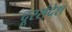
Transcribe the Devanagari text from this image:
दूरसंदेश